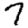
Digit: 7